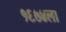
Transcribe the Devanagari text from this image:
१६७४ला